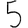
Digit: 5